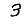
Digit: 3